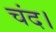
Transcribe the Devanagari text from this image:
चंद।